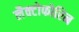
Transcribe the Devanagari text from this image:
लैक्टोफोरिन